Vaccination report Assam 1874-1896 - 1874-1896
Year: 1874
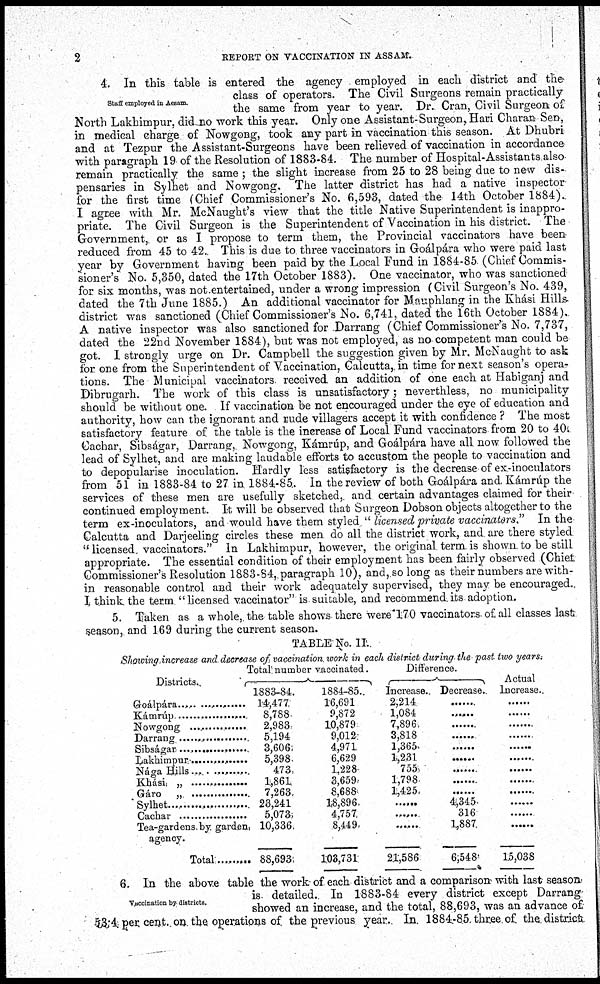
2
REPORT ON VACCINATION IN ASSAM.
Staff employed in Aasam.
4. In this table is entered the agency employed in each district and the
class of operators. The Civil Surgeons remain practically
the same from year to year. Dr. Cran, Civil Surgeon of
North Lakhimpur, did no work this year. Only one Assistant-Surgeon, Hari Charan Sen,
in medical charge of Nowgong, took any part in vaccination this season. At Dhubri
and at Tezpur the Assistant-Surgeons have been relieved of vaccination in accordance
with paragraph 19 of the Resolution of 1883-84. The number of Hospital-Assistants also
remain practically the same ; the slight increase from 25 to 28 being due to new dis-
pensaries in Sylhet and Nowgong. The latter district has had a native inspector
for the first time (Chief Commissioner's No. 6,593, dated the 14th October 1884).
I agree with Mr. McNaught's view that the title Native Superintendent is inappro-
priate. The Civil Surgeon is the Superintendent of Vaccination in his district. The
Government, or as I propose to term them, the Provincial vaccinators have been
reduced from 45 to 42. This is due to three vaccinators in Goálpára who were paid last
year by Government having been paid by the Local Fund in 1884-85 (Chief Commis-
sioner's No. 5,350, dated the 17th October 1883). One vaccinator, who was sanctioned
for six months, was not entertained, under a wrong impression (Civil Surgeon's No. 439,
dated the 7th June 1885.) An additional vaccinator for Mauphlang in the Khási Hills-
district was sanctioned (Chief Commissioner's No. 6,741, dated the 16th October 1884).
A native inspector was also sanctioned for Darrang (Chief Commissioner's No. 7,737,
dated the 22nd November 1884), but was not employed, as no competent man could be
got. I strongly urge on Dr. Campbell the suggestion given by Mr. McNaught to ask
for one from the Superintendent of Vaccination, Calcutta, in time for next season's opera-
tions. The Municipal vaccinators received an addition of one each at Habiganj and
Dibrugarh. The work of this class is unsatisfactory; neverthless, no municipality
should be without one. If vaccination be not encouraged under the eye of education and
authority, how can the ignorant and rude villagers accept it with confidence ? The most
satisfactory feature of the table is the increase of Local Fund vaccinators from 20 to 40.
Cachar, Sibságar, Darrang, Nowgong, Kámrúp, and Goálpára have all now followed the
lead of Sylhet, and are making laudable efforts to accustom the people to vaccination and
to depopularise inoculation. Hardly less satisfactory is the decrease of ex-inoculators
from 51 in 1883-84 to 27 in 1884-85. In the review of both Goálpára and Kámrúp the
services of these men are usefully sketched, and certain advantages claimed for their
continued employment. It will be observed that Surgeon Dobson objects altogether to the
term ex-inoculators, and would have them styled " licensed private vaccinators." In the
Calcutta and Darjeeling circles these men do all the district work, and are there styled
" licensed vaccinators." In Lakhimpur, however, the original term is shown to be still
appropriate. The essential condition of their employment has been fairly observed (Chiet
Commissioner's Resolution 1883-84, paragraph 10), and, so long as their numbers are with-
in reasonable control and their work adequately supervised, they may be encouraged..
I think the term "licensed vaccinator" is suitable, and recommend its adoption.
5. Taken as a whole, the table shows there were 170 vaccinators of all classes last
season, and 169 during the current season.
TABLE No. II.
Showing increase and decrease of vaccination work in each district during the past two years.
Districts.
Goálpára ..................
Kámrúp ....................
Nowgong ....................
Darrang ......................
Sibságar ......................
Lakhimpur ....................
Nága Hills ....................
Khási „ ........................
Gáro „ ..........................
Sylhar ..........................
Cachar ..........................
Tea-gardens by. garden,
agency.
Total ...... ...
Total number vaccinated.
1883-84.
14,477
8,788
2,983
5,194
3,606
5,398
473
1,861
7,263
23,241
5,073
10,336
88,693
1884-85.
16,691
9,872
10,879
9,012
4,971
6,629
1,228
3,659
8,688
18,896
4,757
8,449
103,731
Difference.
Increase.
2,214
1,084
7,896
3,818
1,365
1,231
755
1,798
1,425
....
....
....
21,586
Decrease.
....
....
....
....
....
....
....
....
....
4,345
316
1,887
6,548
Actual
Increase.
....
....
....
....
....
....
....
....
....
....
....
....
15,038
vaccination by districts.
6. In the above table the work- of each district and a comparison with last season
is detailed. In 1883-84 every district except Darrang
showed an increase, and the total, 88,693, was an advance of
53.4 per cent. on the operations of the previous year. In. 1884-85 three of the. districts.